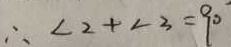
\therefore \angle 2 + \angle 3 = 9 0